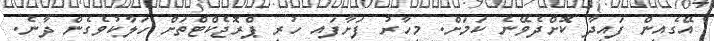
އޭގެއިން ފައިދާ ކޮށްދެވޭނެ ކަމަށް. މިހާރު ފަށާފައ ހުރި ޕްރޮޖެކްޓްތަށް ހަލާކުވެގެން ދާނެ.